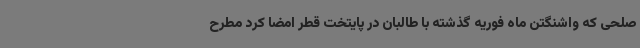
صلحی که واشنگتن ماه فوریه گذشته با طالبان در پایتخت قطر امضا کرد مطرح